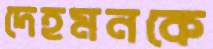
দেহমনকে